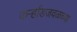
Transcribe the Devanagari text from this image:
कर्ऱ्हाडजवळच्या